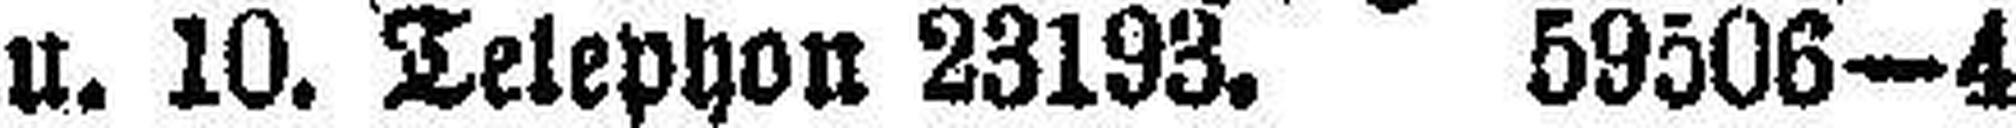
u. 10. Telephon 23193. 59506—4